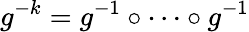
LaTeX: g^{-k}=g^{-1}\circ\dots\circ g^{-1}